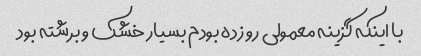
با اینکه گزینه معمولی رو زده بودم بسیار خشک و برشته بود